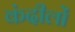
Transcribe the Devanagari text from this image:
कंदीलों